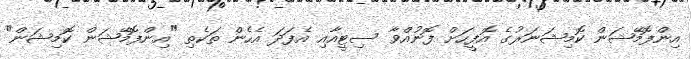
އިންފޮމޭޝަން ކޮމިޝަނަރުގެ އޮފީހަށް ފޮނުއްވާ ސިޓީއާއި އެފަދަ އެހެން ތަކެތި "އިންފޮމޭޝަން ކޮމިޝަން"